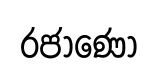
රජාණෝ